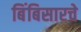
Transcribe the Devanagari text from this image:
बिंबिसारचे